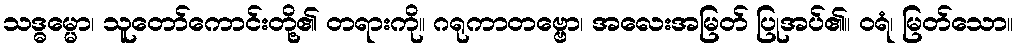
သဒ္ဓမ္မော၊ သူတော်ကောင်းတို့၏ တရားကို။ ဂရုကာတဗ္ဗော၊ အလေးအမြတ် ပြုအပ်၏။ ဝရံ၊ မြတ်သော။